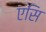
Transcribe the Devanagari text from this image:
एसि